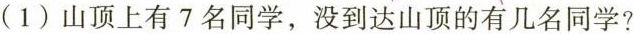
(1)山顶上有7名同学，没到达山顶的有几名同学?